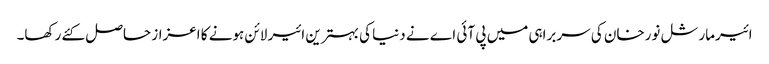
ائیرمارشل نورخان کی سربراہی میں پی آئی اے نے دنیا کی بہترین ائیر لائن ہونے کا اعزاز حاصل کئے رکھا۔